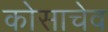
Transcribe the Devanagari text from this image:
कोसाचेव